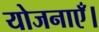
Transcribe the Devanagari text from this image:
योजनाएँ।